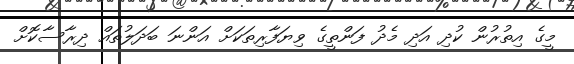
މީގެ އިތުރުން ކުދި އަދި މެދު ފަންތީގެ ވިޔަފާރިތަކަށް އަންނަ ބަދަލުތައް ދިރާސާކޮށް